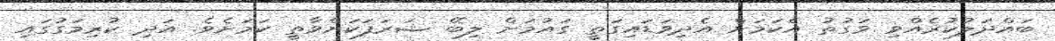
ބައްދަލުކުރެއްވި ވަގުތު އެކަމަށް އެދިވަޑައިގަތީ ގައުމަށް ލިބޭ ޝަރަފަކަށްވާތީ ކަމަށެވެ. އަދި ކުރިމަގުގައި